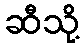
ဆီသို့